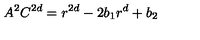
A ^ { 2 } C ^ { 2 d } = r ^ { 2 d } - 2 b _ { 1 } r ^ { d } + b _ { 2 }